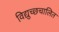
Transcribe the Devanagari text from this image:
विद्युच्छचालित